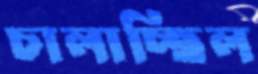
চালাচ্ছিল